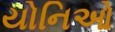
યોનિઓ